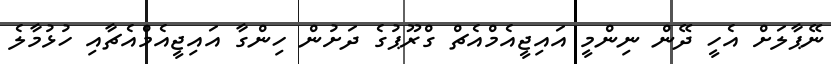
ނޭޕާލަށް އެހީ ދޭން ނިންމީ އައިޖީއެމްއެޗް ގްރޫޕުގެ ދަށުން ހިންގާ އައިޖީއެމްއެޗާއި ހުޅުމާލެ